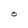
Character: O